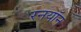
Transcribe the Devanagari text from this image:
रनयॉन